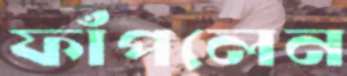
ফাঁপলেন